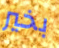
بخير